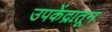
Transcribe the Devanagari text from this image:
उपकेंद्रातून